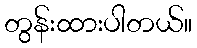
တွန်းထားပါတယ်။